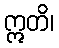
ဣတိ၊